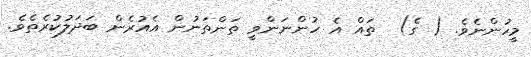
މީހުންނެވެ. ( ގެ)  ތައް އެ ހުންނަންވީ ތަންތަނުން އެއުރެން ބަދަލުކުރެތެވެ.